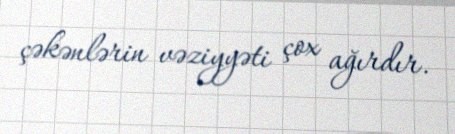
çəkənlərin vəziyyəti çox ağırdır.